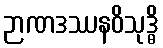
ဉာဏဒဿနဝိသုဒ္ဓိ